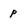
Character: p